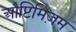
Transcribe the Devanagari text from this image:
औप्टिमिज़म